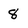
Character: 8